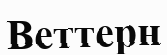
Веттерн